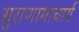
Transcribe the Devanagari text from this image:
सुराणामाचार्य